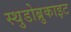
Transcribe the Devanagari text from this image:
स्थुडोब्रुकाइट